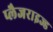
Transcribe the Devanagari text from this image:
प्लैजराइज्ड